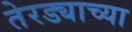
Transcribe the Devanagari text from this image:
तेरड्याच्या